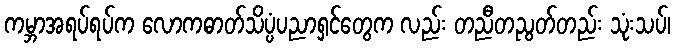
ကမ္ဘာအရပ်ရပ်က လောကဓာတ်သိပ္ပံပညာရှင်တွေက လည်း တညီတညွတ်တည်း သုံးသပ်၊